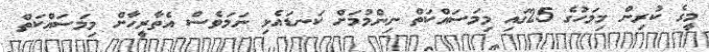
މީގެ ކުރިން މިމަހުގެ 25ގައި މިމަސައްކަތް ނިންމުމަށް ކަނޑައެޅި ނަމަވެސް އެތާރީހާށް މިމަސައްކަތް